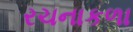
રચનાકળા